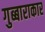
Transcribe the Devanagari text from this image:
गुब्बाराकार